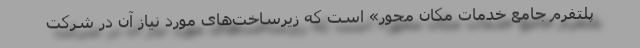
پلتفرم جامع خدمات مکان محور» است که زیرساخت‌های مورد نیاز آن در شرکت